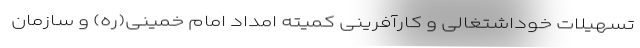
تسهیلات خوداشتغالی و کارآفرینی کمیته امداد امام خمینی(ره) و سازمان